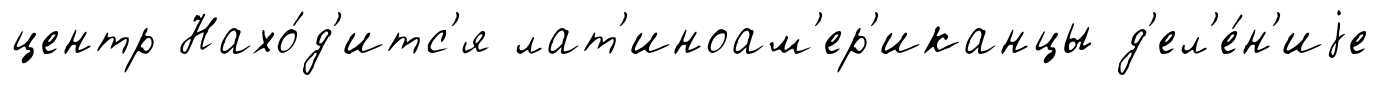
центр Нахо́д'итс'я лат'иноам'ер'иканцы д'ел'е́н'иjе